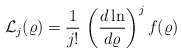
\begin{align*}{\mathcal L}_{j}(\varrho)=\frac{1}{j!} \, \left( \frac{d \ln }{d \varrho} \right)^{j} f (\varrho)\;\end{align*}